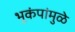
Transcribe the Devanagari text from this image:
भूकंपांमुळे